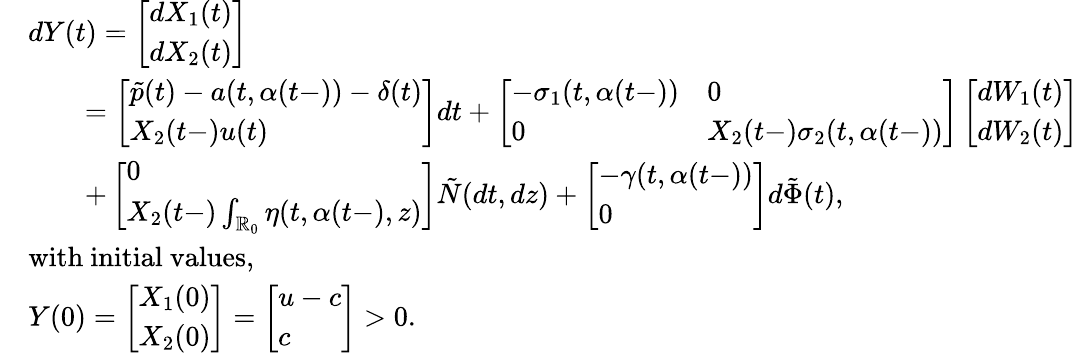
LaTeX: \begin{array}{rl}&{dY(t)=\left[\begin{array}{l}{dX_{1}(t)}\\ {dX_{2}(t)}\end{array}\right]}\\ &{\qquad=\left[\begin{array}{l}{\tilde{p}(t)-a(t,\alpha(t-))-\delta(t)}\\ {X_{2}(t-)u(t)}\end{array}\right]dt+\left[\begin{array}{ll}{-\sigma_{1}(t,\alpha(t-))}&{0}\\ {0}&{X_{2}(t-)\sigma_{2}(t,\alpha(t-))}\end{array}\right]\left[\begin{array}{l}{dW_{1}(t)}\\ {dW_{2}(t)}\end{array}\right]}\\ &{\qquad+\left[\begin{array}{l}{0}\\ {X_{2}(t-)\int_{\mathbb{R}_{0}}\eta(t,\alpha(t-),z)}\end{array}\right]\tilde{N}(dt,dz)+\left[\begin{array}{l}{-\gamma(t,\alpha(t-))}\\ {0}\end{array}\right]d\tilde{\Phi}(t),}\\ &{\mathrm{with~initial~values,}}\\ &{Y(0)=\left[\begin{array}{l}{X_{1}(0)}\\ {X_{2}(0)}\end{array}\right]=\left[\begin{array}{l}{u-c}\\ {c}\end{array}\right]>0.}\end{array}